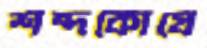
শব্দকোষে